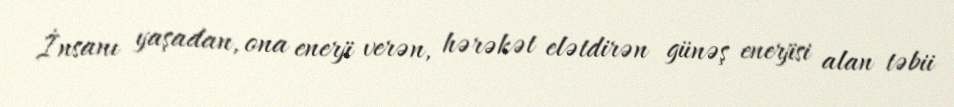
İnsanı yaşadan, ona enerji verən, hərəkət elətdirən günəş enerjisi alan təbii